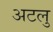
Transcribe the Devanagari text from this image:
अटलु